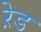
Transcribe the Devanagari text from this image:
ऱेड